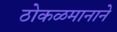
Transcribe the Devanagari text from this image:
ठोकळमानाने